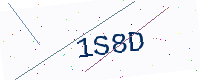
Text: 1S8D